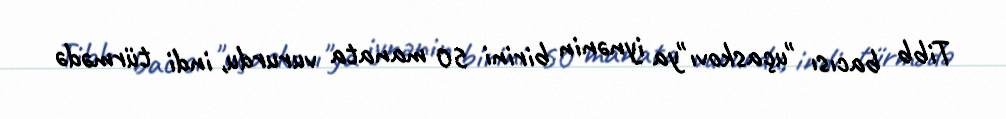
Tibb bacısı "uçaskovı"ya iynənin birini 50 manata vururdu, indi türmədə